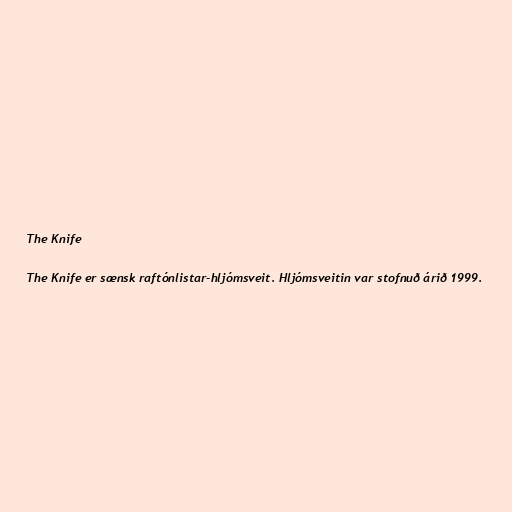
The Knife

The Knife er sænsk raftónlistar-hljómsveit. Hljómsveitin var stofnuð árið 1999.